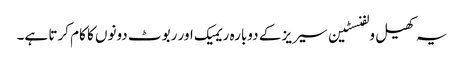
یہ کھیل ولفنسٹین سیریز کے دوبارہ ریمیک اور ربوٹ دونوں کا کام کرتا ہے۔